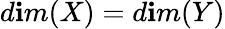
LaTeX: d\mathbf{i}m(X)=d\mathbf{i}m(Y)